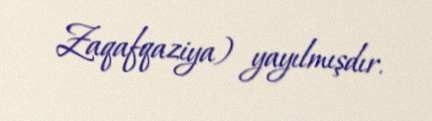
Zaqafqaziya) yayılmışdır.